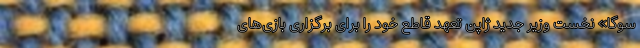
سوگا» نخست وزیر جدید ژاپن تعهد قاطع خود را برای برگزاری بازی‌های